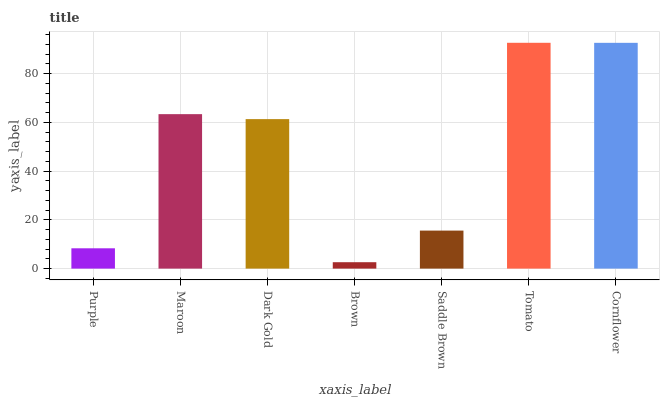
| xaxis_label | bars |
 | --- | --- |
 | Purple | 8.33 |
 | Maroon | 63.4 |
 | Dark Gold | 61.3 |
 | Brown | 2.63 |
 | Saddle Brown | 15.6 |
 | Tomato | 92.6 |
 | Cornflower | 92.6 |